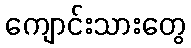
ကျောင်းသားတွေ